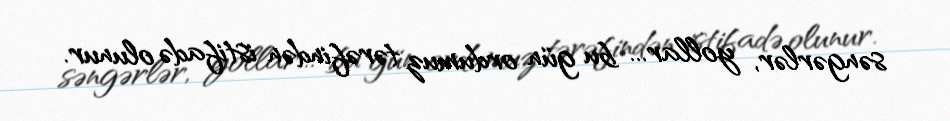
səngərlər, yollar... bu gün ordumuz tərəfindən istifadə olunur.